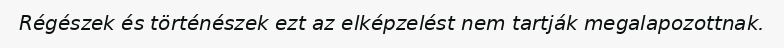
Régészek és történészek ezt az elképzelést nem tartják megalapozottnak.